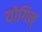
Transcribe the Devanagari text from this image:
योगिन्